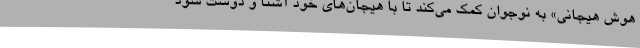
هوش هیجانی» به نوجوان کمک می‌کند تا با هیجان‌های خود آشنا و دوست شود